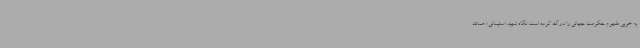
به خوبی مفهوم حکومت جهانی را درک کرده است. نگاه شهید «سلیمانی» همانند